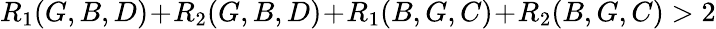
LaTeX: R_{1}(G,B,D)\! +\! R_{2}(G,B,D)\! +\! R_{1}(B,G,C)\! +\! R_{2}(B,G,C)>2